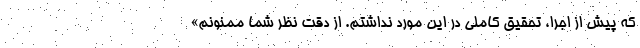
که پیش از اجرا، تحقیق کاملی در این مورد نداشتم. از دقت نظر شما ممنونم»